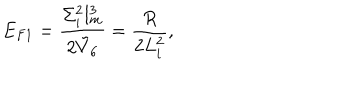
E _ { F 1 } = { \frac { \Sigma _ { i } ^ { 2 } l _ { m } ^ { 3 } } { 2 \tilde { V } _ { 6 } } } = { \frac { R } { 2 L _ { i } ^ { 2 } } } ,